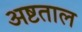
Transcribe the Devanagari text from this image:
अष्टताल